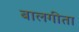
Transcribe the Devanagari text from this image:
बालगीता